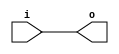
`timescale 1ns / 1ps

// Jonah Meggs 2022
// Jonah's Guide to Verilog Chapter 1 - minimal2.v
// Adding input to minimal.v

module minimal2(
	input i,
	output o
    );

assign o = i;

endmodule